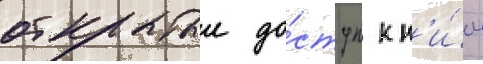
открытыи до́ступ к н'и́м